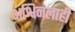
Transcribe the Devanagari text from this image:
अश्विनलाही